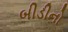
બીડીનો